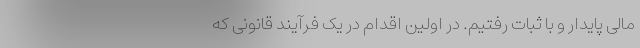
مالی پایدار و با ثبات رفتیم. در اولین اقدام در یک فرآیند قانونی که